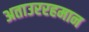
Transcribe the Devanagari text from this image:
अताउररहमान